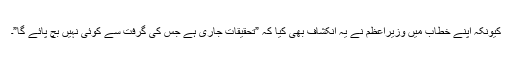
کیونکہ اپنے خطاب میں وزیراعظم نے یہ انکشاف بھی کیا کہ ”تحقیقات جاری ہے جس کی گرفت سے کوئی نہیں بچ پائے گا”۔